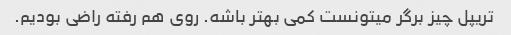
تریپل چیز برگر میتونست کمی بهتر باشه. روی هم رفته راضی بودیم.